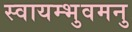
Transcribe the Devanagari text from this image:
स्वायम्भुवमनु